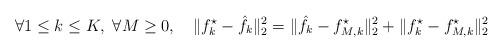
LaTeX: \begin{align*}\forall 1\leq k\leq K,\ \forall M\geq 0,\quad\|f^\star_k-\hat f_k\|_2^2=\|\hat f_k-f^\star_{M,k}\|_2^2+\|f^\star_k-f^\star_{M,k}\|_2^2\end{align*}